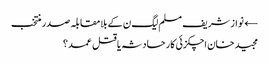
← نواز شریف مسلم لیگ ن کے بلامقابلہ صدر منتخب
مجید خان اچکزئی کار حادثہ یا قتل عمد؟